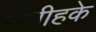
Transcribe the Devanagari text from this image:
मसीहके